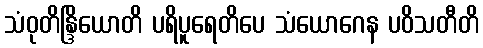
သံဝုတိန္ဒြိယောတိ ပရိပူရေတိပေ သံယောဂေန ပဝိသတီတိ